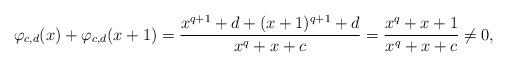
LaTeX: \begin{align*}\varphi_{c,d}(x) + \varphi_{c,d}(x+1) = \frac{x^{q+1}+d+(x+1)^{q+1}+d}{x^q+x+c} = \frac{x^q+x+1}{x^q+x+c} \ne 0,\end{align*}